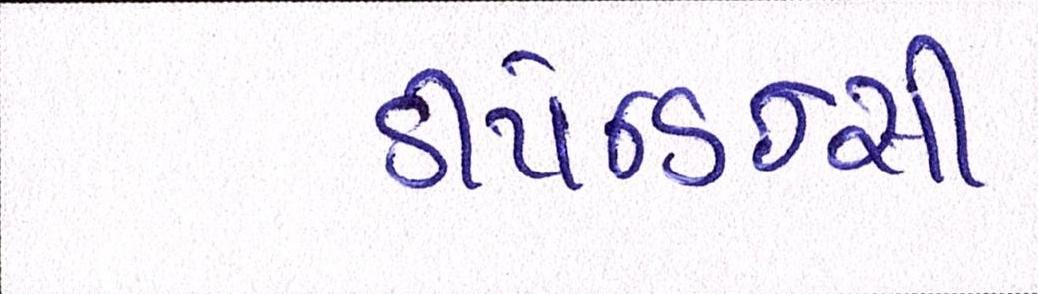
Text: ડીપેન્ડન્સી